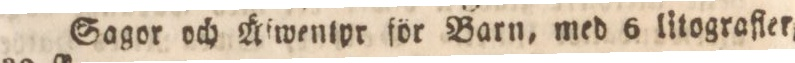
Sagor och Äfwentpr för Barn, med 6 litografler,